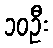
၁၀ဦး